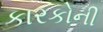
કારકોની